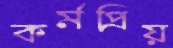
কর্মপ্রিয়